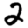
Digit: 2